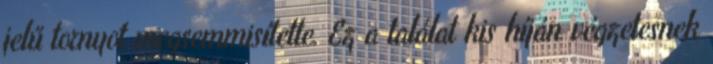
jelű tornyot megsemmisítette. Ez a találat kis híján végzetesnek